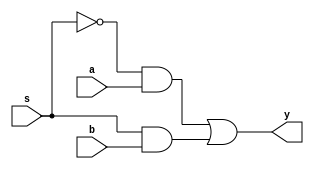
module MUX2x1(y,a,b,s);
	output y;
	input a,b,s;
	wire s_bar,t1,t2,t3;
	not #2 u0(s_bar,s);
	and #2 u1(t1,s_bar,a),
		u2(t2,s,b),
		u3(t3,a,b);
	or #2 u4(y,t1,t2);
endmodule